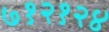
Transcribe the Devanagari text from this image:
७१२१२४